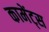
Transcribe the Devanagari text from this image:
कामेंट्स